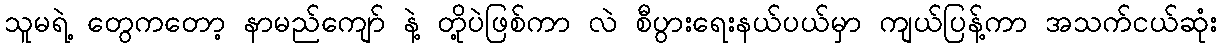
သူမရဲ့ တွေကတော့ နာမည်ကျော် နဲ့ တို့ပဲဖြစ်ကာ လဲ စီပွားရေးနယ်ပယ်မှာ ကျယ်ပြန့်ကာ အသက်ငယ်ဆုံး